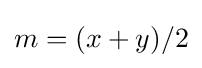
m=(x+y)/2